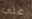
علي